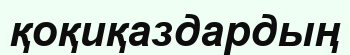
қоқиқаздардың